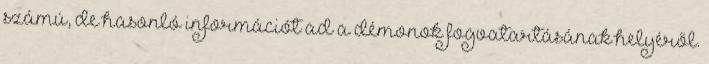
számú, de hasonló információt ad a démonok fogvatartásának helyéről.